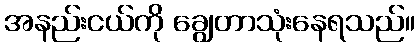
အနည်းငယ်ကို ချွေတာသုံးနေရသည်။